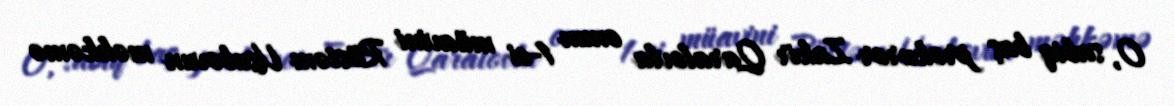
O, sabiq baş prokuror Zakir Qaralovla onun 1-ci müavini Rüstəm Usubovun məhkəmə